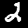
Label: 2